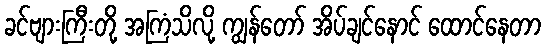
ခင်ဗျားကြီးတို့ အကြံသိလို့ ကျွန်တော် အိပ်ချင်နောင် ထောင်နေတာ